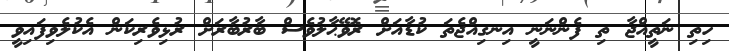
ހިތި ނަތީއްޖާ ތި ފެންނަނީ އިނގިއްޖެތަ ކުޑާއަށް ރޮވޭޙާލުވެސް ބާރުބާރަށް ރުޅިވެރިކަން އެކުލެވިފައިވީ